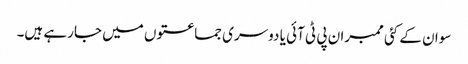
سوان کے کئی ممبران پی ٹی آئی یا دوسری جماعتوں میں جارہے ہیں۔